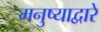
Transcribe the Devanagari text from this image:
मनुष्याद्वारे